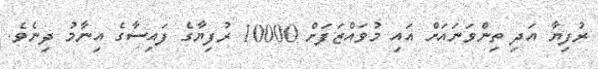
ރުފިޔާ އަދި ތިންވަނައަށް އައި މުވައްޒަފަށް 10000 ރުފިޔާގެ ފައިސާގެ އިނާމު ދިނެވެ.